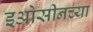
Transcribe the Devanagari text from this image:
इओसीनच्या